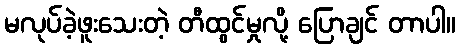
မလုပ်ခဲ့ဖူးသေးတဲ့ တီထွင်မှုလို့ ပြောချင် တာပါ။